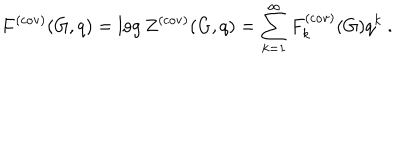
F ^ { ( \mathrm { c o v ) } } ( G , q ) = \log Z ^ { ( \mathrm { c o v ) } } ( G , q ) = \sum _ { k = 1 } ^ { \infty } F _ { k } ^ { ( \mathrm { c o v ) } } ( G ) q ^ { k } ~ .